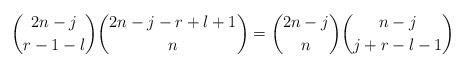
LaTeX: \begin{align*}\binom{2n-j}{r-1-l}\binom{2n-j-r+l+1}{n}=\binom{2n-j}{n}\binom{n-j}{j+r-l-1}\end{align*}